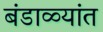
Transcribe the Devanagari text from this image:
बंडाळ्यांत